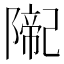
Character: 𨼨